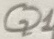
Text: Q1